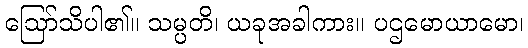
ဩော်သိပါ၏။ သမ္ပတိ၊ ယခုအခါကား။ ပဌမောယာမော၊